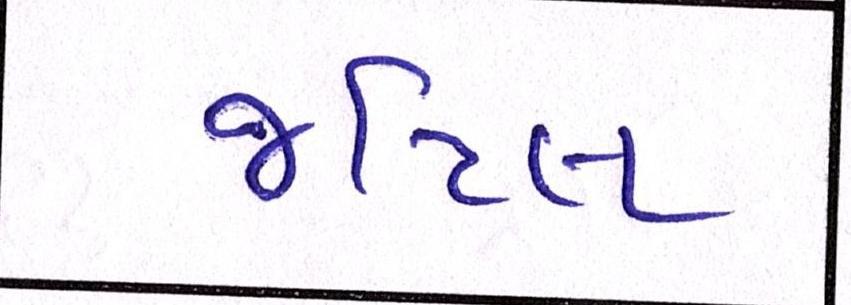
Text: જટિલ